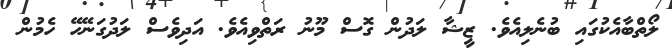
ލޯތްބާއެކުގައި ބުނެލިއެވެ. ޒީޝާ ލަދުން ގޮސް މޫނު ރަތްވިއެވެ. އަދިވެސް ލަދުގަނޭހޭ ހެމުން